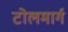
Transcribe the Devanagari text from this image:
टोलमार्ग